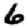
Digit: 6